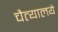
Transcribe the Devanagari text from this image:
चैत्यालये